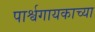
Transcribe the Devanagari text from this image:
पार्श्वगायकाच्या